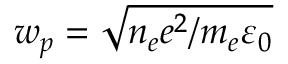
w _ { p } = \sqrt { n _ { e } e ^ { 2 } / m _ { e } \varepsilon _ { 0 } }